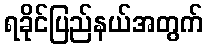
ရခိုင်ပြည်နယ်အတွက်